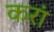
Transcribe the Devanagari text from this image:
करां